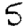
Digit: 5